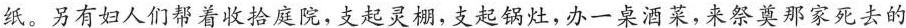
纸。另有妇人们帮着收拾庭院,支起灵棚,支起锅灶,办一桌酒菜,来祭奠那家死去的